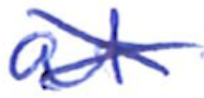
Text: at
Cross-out: mix
Writing tool: ballpoint